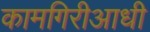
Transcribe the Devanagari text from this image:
कामगिरीआधी